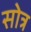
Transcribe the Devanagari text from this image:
सोत्र